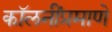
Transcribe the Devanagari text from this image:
कॉलनींप्रमाणे